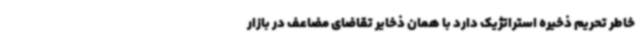
خاطر تحریم ذخیره استراتژیک دارد با همان ذخایر تقاضای مضاعف در بازار